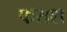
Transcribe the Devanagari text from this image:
फराश